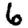
Digit: 6